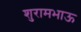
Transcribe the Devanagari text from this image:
शुरामभाऊ